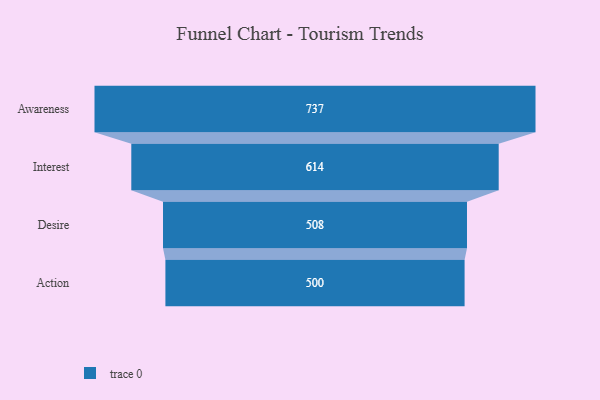
{"axis": {"x": "Stage", "y": "Value"}, "legend": [""], "data": [{"x": "Awareness", "y": 737.0, "type": ""}, {"x": "Interest", "y": 614.0, "type": ""}, {"x": "Desire", "y": 508.0, "type": ""}, {"x": "Action", "y": 500, "type": ""}]}